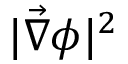
| \vec { \nabla } \phi | ^ { 2 }